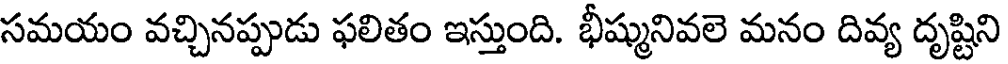
సమయం వచ్చినప్పుడు ఫలితం ఇస్తుంది. భీష్మునివలె మనం దివ్య దృష్టిని